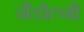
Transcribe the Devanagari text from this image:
नैडोल्नी